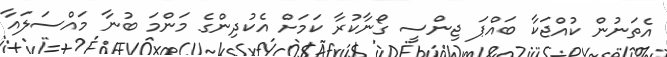
އެތަނުން ކުއްޖަކާ ބައްޕަ ޖިންސީ ގޯނާކުރާ ކަމަށް އެކުދިންގެ މަންމަ ބުނާ މައްސަލައާ